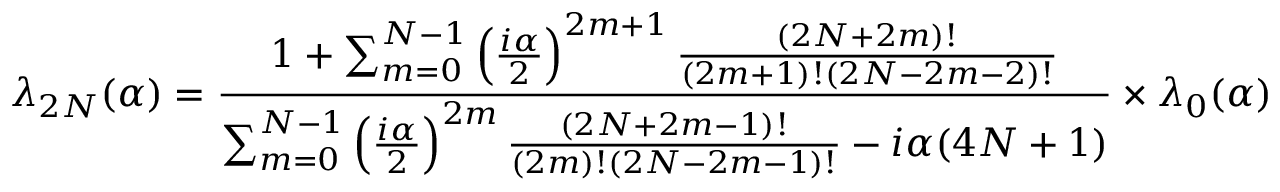
\lambda _ { 2 N } ( \alpha ) = { \frac { 1 + \sum _ { m = 0 } ^ { N - 1 } \left( { \frac { i \alpha } { 2 } } \right) ^ { 2 m + 1 } { \frac { ( 2 N + 2 m ) ! } { ( 2 m + 1 ) ! ( 2 N - 2 m - 2 ) ! } } } { \sum _ { m = 0 } ^ { N - 1 } \left( { \frac { i \alpha } { 2 } } \right) ^ { 2 m } { \frac { ( 2 N + 2 m - 1 ) ! } { ( 2 m ) ! ( 2 N - 2 m - 1 ) ! } } - i \alpha ( 4 N + 1 ) } } \times \lambda _ { 0 } ( \alpha )